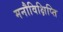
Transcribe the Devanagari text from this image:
मनौविक्षिप्ति